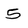
Character: 5